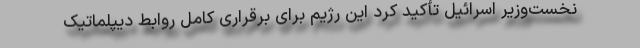
نخست‌وزیر اسرائیل تأکید کرد این رژیم برای برقراری کامل روابط دیپلماتیک